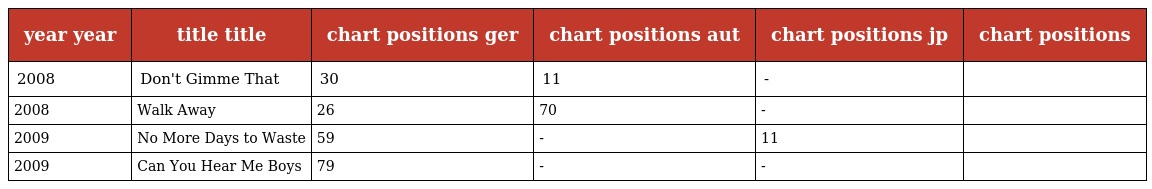
| year year | title title | chart positions ger | chart positions aut | chart positions jp | chart positions |
 | --- | --- | --- | --- | --- | --- |
 | 2008 | Don't Gimme That | 30 | 11 | - |  |
 | 2008 | Walk Away | 26 | 70 | - |  |
 | 2009 | No More Days to Waste | 59 | - | 11 |  |
 | 2009 | Can You Hear Me Boys | 79 | - | - |  |